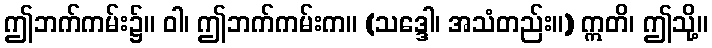
ဤဘက်ကမ်း၌။ ဝါ၊ ဤဘက်ကမ်းက။ (သဒ္ဒေါ၊ အသံတည်း။) ဣတိ၊ ဤသို့။